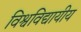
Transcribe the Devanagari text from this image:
विश्वविद्यायीय